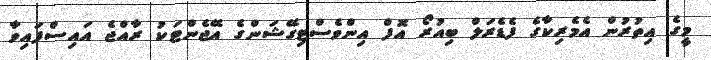
މީގެ އިތުރުން އެމެރިކާގެ ފެޑެރަލް ބިއުރޯ އޮފް އިންވެސްޓިގޭޝަންގެ އޭޖެންޓަކު ރާއްޖެ އައިސްފައިވާ